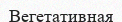
Вегетативная